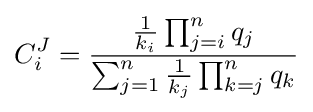
C_{i}^{J}={\frac {{\frac {1}{k_{i}}}\prod _{j=i}^{n}q_{j}}{\sum _{j=1}^{n}{\frac {1}{k_{j}}}\prod _{k=j}^{n}q_{k}}}